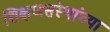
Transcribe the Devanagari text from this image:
शिक्षणसंस्थांच्या